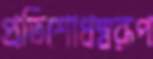
প্রতিশোধস্বরূপ